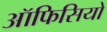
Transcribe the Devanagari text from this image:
ऑफिसियो